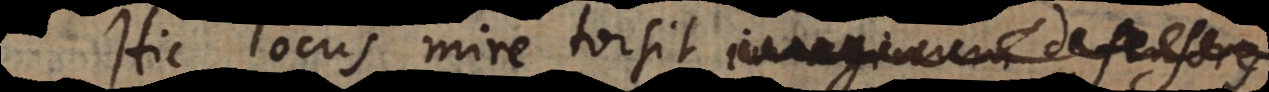
Hic locus mire torsit imaginum defensores